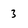
Character: 3